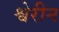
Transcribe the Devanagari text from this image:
श्वेरीन